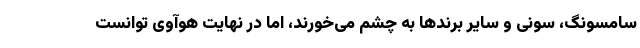
سامسونگ، سونی و سایر برندها به چشم می‌خورند، اما در نهایت هوآوی توانست